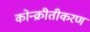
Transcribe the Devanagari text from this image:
कोन्क्रीतीकरण